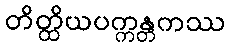
တိတ္ထိယပက္ကန္တကဿ